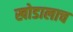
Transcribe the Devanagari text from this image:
खोडालाच